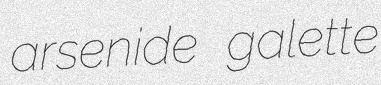
arsenide galette